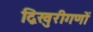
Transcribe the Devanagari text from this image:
द्विखुरीगणों